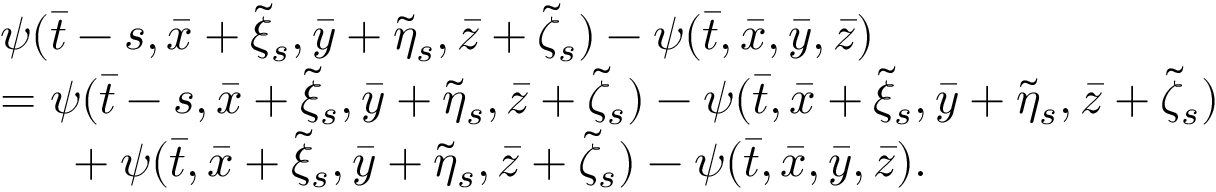
\begin{array} { r l } & { \psi ( \bar { t } - s , \bar { x } + \tilde { \xi } _ { s } , \bar { y } + \tilde { \eta } _ { s } , \bar { z } + \tilde { \zeta } _ { s } ) - \psi ( \bar { t } , \bar { x } , \bar { y } , \bar { z } ) } \\ & { = \psi ( \bar { t } - s , \bar { x } + \tilde { \xi } _ { s } , \bar { y } + \tilde { \eta } _ { s } , \bar { z } + \tilde { \zeta } _ { s } ) - \psi ( \bar { t } , \bar { x } + \tilde { \xi } _ { s } , \bar { y } + \tilde { \eta } _ { s } , \bar { z } + \tilde { \zeta } _ { s } ) } \\ & { \mathrm { ~ \ ~ \ } + \psi ( \bar { t } , \bar { x } + \tilde { \xi } _ { s } , \bar { y } + \tilde { \eta } _ { s } , \bar { z } + \tilde { \zeta } _ { s } ) - \psi ( \bar { t } , \bar { x } , \bar { y } , \bar { z } ) . } \end{array}